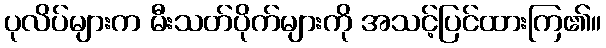
ပုလိပ်များက မီးသတ်ပိုက်များကို အသင့်ပြင်ထားကြ၏။